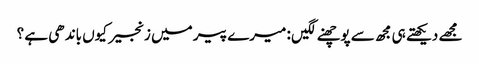
مجھے دیکھتے ہی مجھ سے پوچھنے لگیں : میرے پیر میں زنجیر کیوں باندھی ہے ؟